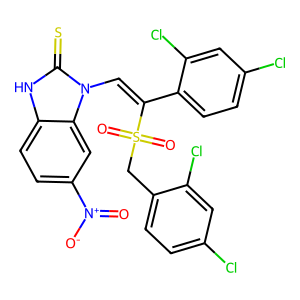
SMILES: O=[N+]([O-])c1ccc2[nH]c(=S)n(C=C(c3ccc(Cl)cc3Cl)S(=O)(=O)Cc3ccc(Cl)cc3Cl)c2c1
Inhibits HIV replication: No